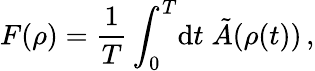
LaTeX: F(\rho)=\frac{1}{T}\int_{0}^{T}\! \mathrm{d}t\; \tilde{A}(\rho(t))\, ,